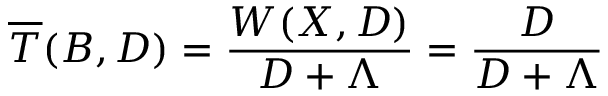
\overline { { T } } ( B , D ) = \frac { W ( X , D ) } { D + \Lambda } = \frac { D } { D + \Lambda }